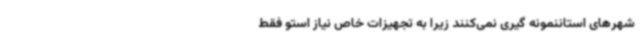
شهرهای استاننمونه گیری نمی‌کنند زیرا به تجهیزات خاص نیاز استو فقط